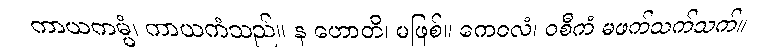
ကာယကမ္မံ၊ ကာယကံသည်။ န ဟောတိ၊ မဖြစ်။ ကေဝလံ၊ ဝစီကံ မဖက်သက်သက်။